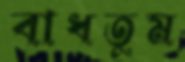
বাধতুম